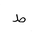
Letter: _da